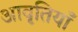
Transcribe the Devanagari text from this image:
अावृतियाँ